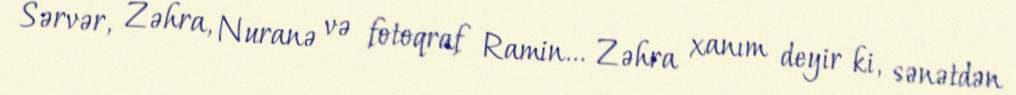
Sərvər, Zəhra, Nuranə və fotoqraf Ramin... Zəhra xanım deyir ki, sənətdən